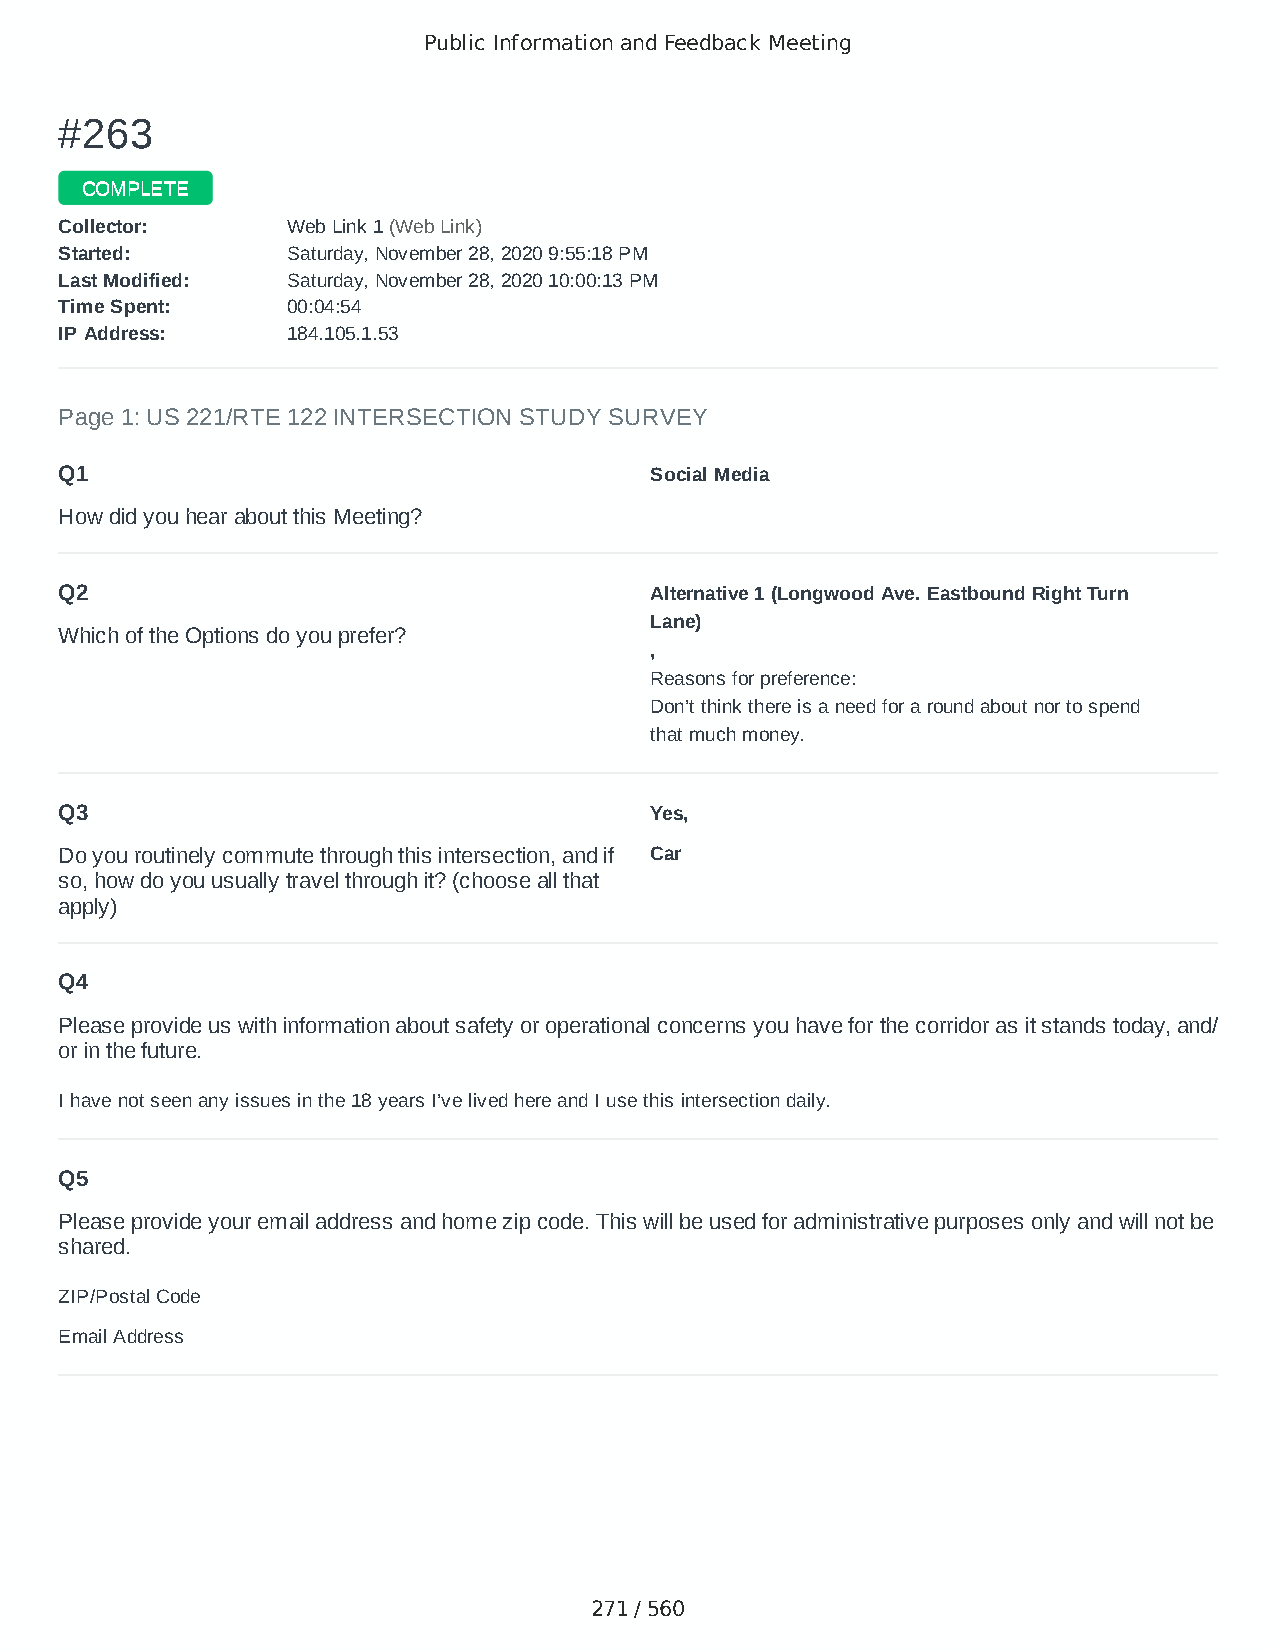
Public Information and Feedback Meeting
 ##226633
 CCOOMMPPLLEETTEE
 CCoolllleeccttoorr:: WWeebb LLiinnkk 11 ((WWeebb LLiinnkk))
 SSttaarrtteedd:: SSaattuurrddaayy,, NNoovveemmbbeerr 2288,, 22002200 99::5555::1188 PPMM
 LLaasstt MMooddiiffiieedd:: SSaattuurrddaayy,, NNoovveemmbbeerr 2288,, 22002200 1100::0000::1133 PPMM
 TTiimmee SSppeenntt:: 0000::0044::5544
 IIPP AAddddrreessss:: 118844..110055..11..5533
 Page 1: US 221/RTE 122 INTERSECTION STUDY SURVEY
 Q1                                     Social Media
 How did you hear about this Meeting?
 Q2                                     Alternative 1 (Longwood Ave. Eastbound Right Turn
 Lane)
 Which of the Options do you prefer?
 ,
 Reasons for preference:
 Don’t think there is a need for a round about nor to spend
 that much money.
 Q3                                     Yes,
 Do you routinely commute through this intersection, and if Car
 so, how do you usually travel through it? (choose all that
 apply)
 Q4
 Please provide us with information about safety or operational concerns you have for the corridor as it stands today, and/
 or in the future.
 I have not seen any issues in the 18 years I’ve lived here and I use this intersection daily.
 Q5
 Please provide your email address and home zip code. This will be used for administrative purposes only and will not be
 shared.
 ZIP/Postal Code                        24523
 Email Address                          realred36@yahoo.com
 271 / 560